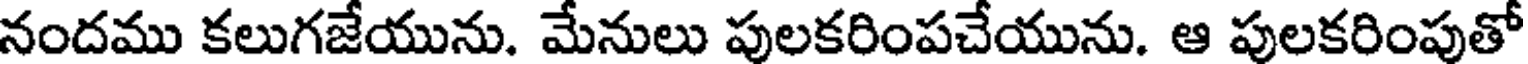
నందము కలుగజేయును. మేనులు పులకరింపచేయును. ఆ పులకరింపుతో